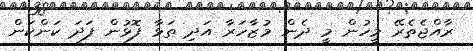
ރާއްޖެތެރޭ މީހުން މީ ދެން މުޒާހަރާ އަދި ތަޅާ ފޮޅުން ފަދަ ކަންކަން